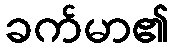
ခက်မာ၏